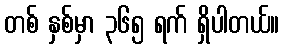
တစ် နှစ်မှာ ၃၆၅ ရက် ရှိပါတယ်။